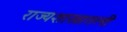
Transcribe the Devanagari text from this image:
राज्यशास्त्रातली